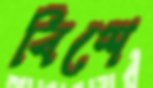
বিশে